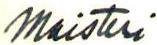
maisteri